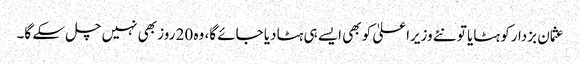
عثمان بزدارکو ہٹایا تو نئے وزیراعلیٰ کو بھی ایسے ہی ہٹادیا جائے گا، وہ 20 روز بھی نہیں چل سکے گا۔